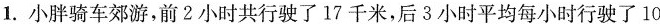
1.小胖骑车郊游，前2小时共行驶了17千米，后3小时平均每小时行驶了10